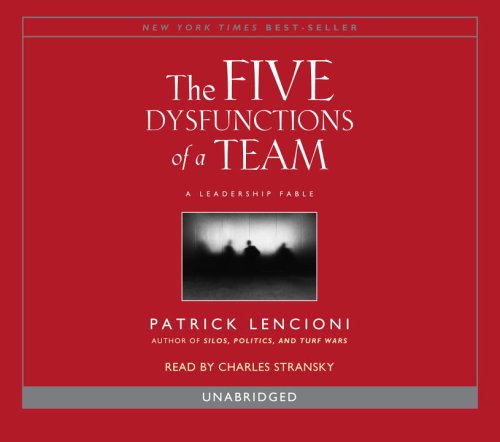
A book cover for The Five Dysfunctions of a Team; Patrick Lencioni; Business & Money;